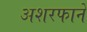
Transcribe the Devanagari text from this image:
अशरफाने